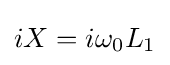
iX=i\omega _{0}L_{1}